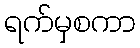
ရက်မှစကာ